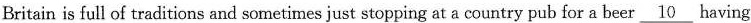
Britain is full of traditions and sometimes just stopping at a country pub for a beer \underline{10} having